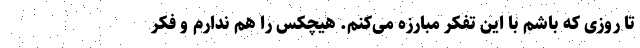
تا روزی که باشم با این تفکر مبارزه می‌کنم. هیچکس را هم ندارم و فکر